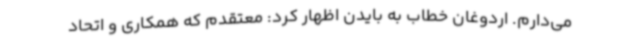
می‌دارم. اردوغان خطاب به بایدن اظهار کرد: معتقدم که همکاری و اتحاد